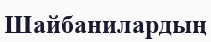
Шайбанилардың